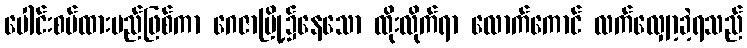
ပေါင်းစပ်ထားမည်ဖြစ်ကာ ဂေဇာမြို့၌နေသော ထိုးလိုက်ရာ လောက်ကောင် လက်လျှော့ခဲ့ရသည်